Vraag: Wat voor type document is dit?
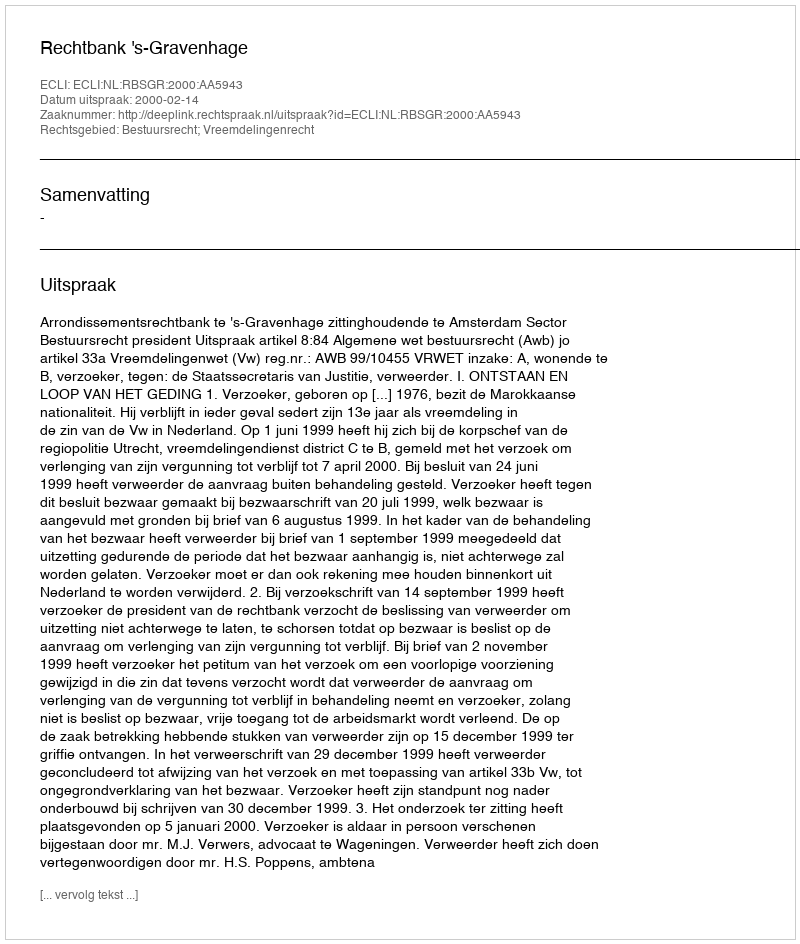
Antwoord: Uitspraak